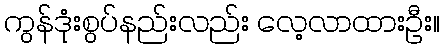
ကွန်ဒုံးစွပ်နည်းလည်း လေ့လာထားဦး။